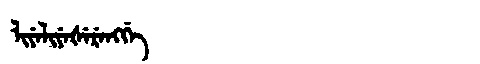
Manchu: ᠯᡳᠶᡝᠯᡳᠶᡝᡧᡝᡵᡝᠩᡤᡝ
Romanization: LIYELIYEŠERENGGE